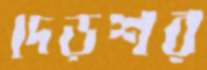
দেড়শর